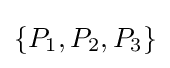
\{P_{1},P_{2},P_{3}\}